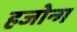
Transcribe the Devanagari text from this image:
हजोन्ग